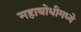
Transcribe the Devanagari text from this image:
महाबोधीमध्ये